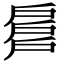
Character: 𢩕